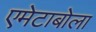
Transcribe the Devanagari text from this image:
एमेटाबोला